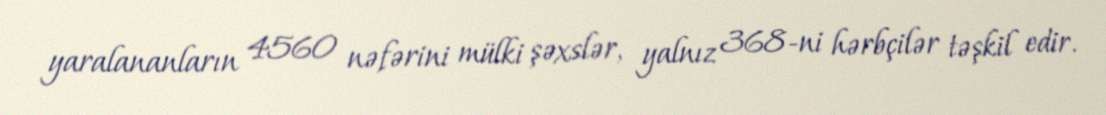
yaralananların 4560 nəfərini mülki şəxslər, yalnız 368-ni hərbçilər təşkil edir.